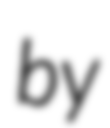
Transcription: by